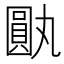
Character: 𪢰